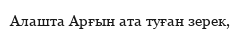
Алашта Арғын ата туған зерек,